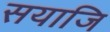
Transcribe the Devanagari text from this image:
सयाजि